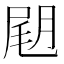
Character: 𡲊